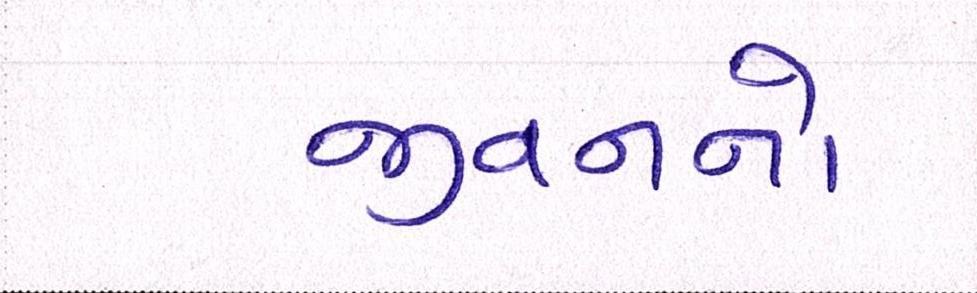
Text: જીવનનો